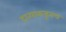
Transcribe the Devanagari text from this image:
दात्याकडूनच